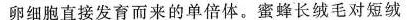
卵细胞直接发育而来的单倍体。蜜蜂长绒毛对短绒